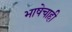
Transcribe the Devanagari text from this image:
भाषेचाही